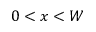
0 < x < W